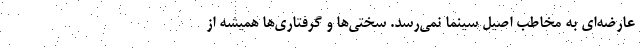
عارضه‌ای به مخاطب اصیل سینما نمی‌رسد. سختی‌ها و گرفتاری‌ها همیشه از